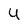
Character: 4